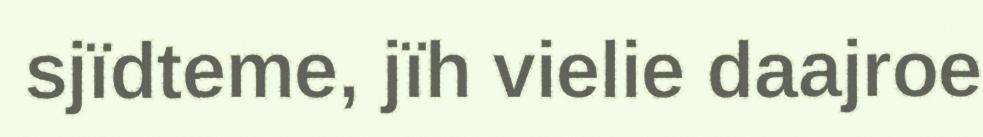
sjïdteme, jïh vielie daajroe